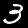
Digit: 3